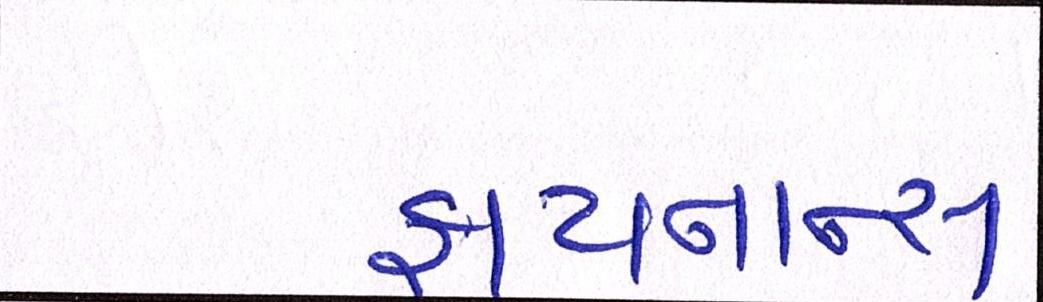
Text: ફાયનાન્સ